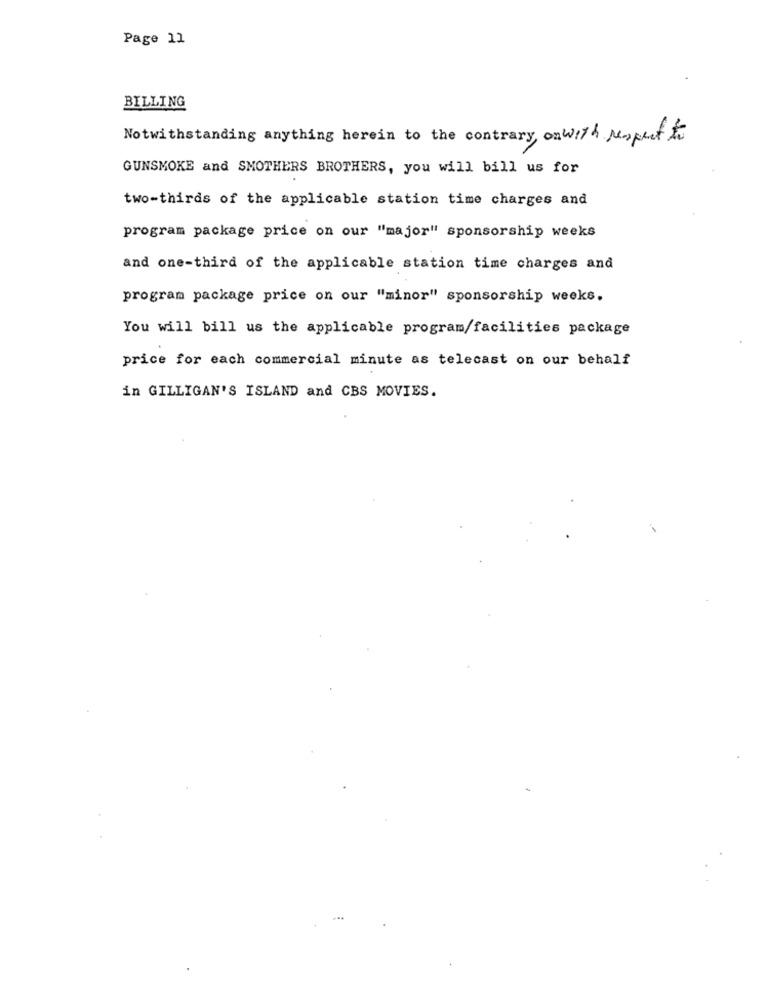
Page 11
BILLING
Notwithstanding anything herein to the contrary, onwith respect to
GUNSMOKE and SMOTHERS BROTHERS, you will bill us for
two-thirds of the applicable station time charges and
program package price on our "major" sponsorship weeks
and one-third of the applicable station time charges and
program package price on our "minor" sponsorship weeks.
You will bill us the applicable program/facilities package
price for each commercial minute as telecast on our behalf
in GILLIGAN'S ISLAND and CBS MOVIES.